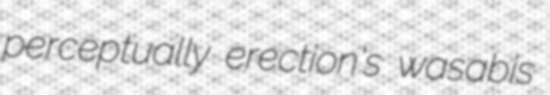
perceptually erection's wasabis